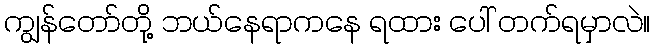
ကျွန်တော်တို့ ဘယ်နေရာကနေ ရထား ပေါ် တက်ရမှာလဲ။